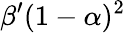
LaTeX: \beta^{\prime}(1-\alpha)^{2}